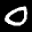
Label: 0